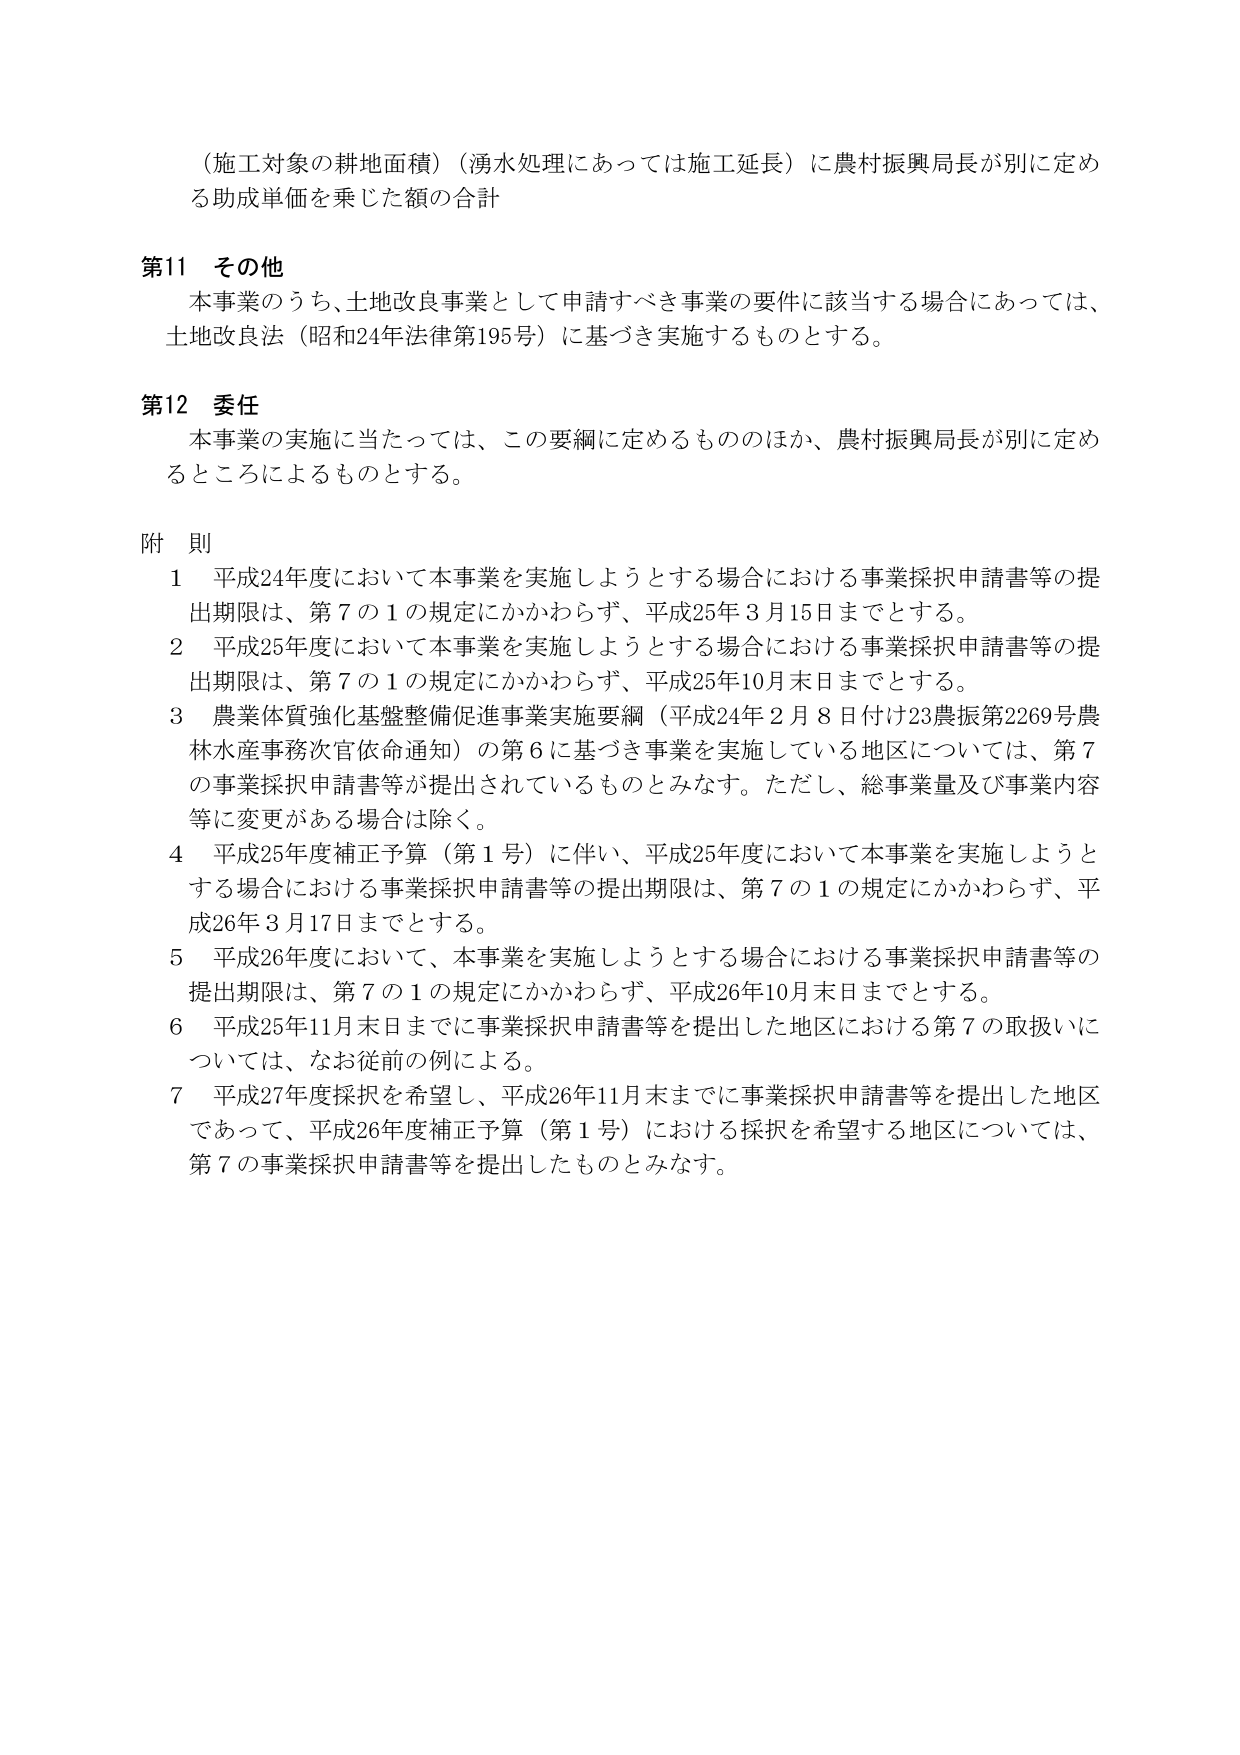
（施工対象の耕地面積）（湧水処理にあっては施工延長）に農村振興局長が別に定める助成単価を乗じた額の合計

第11 その他
本事業のうち、土地改良事業として申請すべき事業の要件に該当する場合にあっては、
土地改良法（昭和24年法律第195号）に基づき実施するものとする。

第12 委任
本事業の実施に当たっては、この要綱に定めるもののほか、農村振興局長が別に定めるところによるものとする。

附 則
1 平成24年度において本事業を実施しようとする場合における事業採択申請書等の提出期限は、第7の1の規定にかかわらず、平成25年3月15日までとする。
2 平成25年度において本事業を実施しようとする場合における事業採択申請書等の提出期限は、第7の1の規定にかかわらず、平成25年10月末日までとする。
3 農業体質強化基盤整備促進事業実施要綱（平成24年2月8日付23農振第2269号農林水産事務次官依命通知）の第6に基づき事業を実施している地区については、第7の事業採択申請書等が提出されているものとみなす。ただし、総事業量及び事業内容等に変更がある場合は除く。
4 平成25年度補正予算（第1号）に伴い、平成25年度において本事業を実施しようとする場合における事業採択申請書等の提出期限は、第7の1の規定にかかわらず、平成26年3月17日までとする。
5 平成26年度において、本事業を実施しようとする場合における事業採択申請書等の提出期限は、第7の1の規定にかかわらず、平成26年10月末日までとする。
6 平成25年11月末日までに事業採択申請書等を提出した地区における第7の取扱いについては、なお従前の例による。
7 平成27年度採択を希望し、平成26年11月末までに事業採択申請書等を提出した地区であって、平成26年度補正予算（第1号）における採択を希望する地区については、第7の事業採択申請書等を提出したものとみなす。